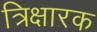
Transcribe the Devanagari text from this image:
त्रिक्षारक